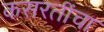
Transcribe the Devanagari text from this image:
कसरतींचा